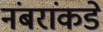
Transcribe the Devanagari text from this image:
नंबरांकडे